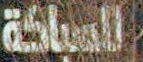
السباكة